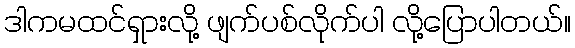
ဒါကမထင်ရှားလို့ ဖျက်ပစ်လိုက်ပါ လို့ပြောပါတယ်။